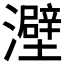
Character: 𤃎